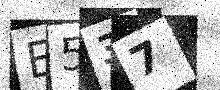
Text: E537